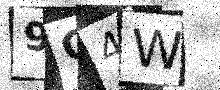
Text: 9G4W